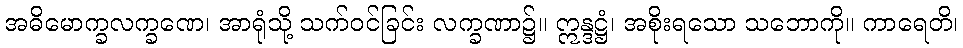
အဓိမောက္ခလက္ခဏေ၊ အာရုံသို့ သက်ဝင်ခြင်း လက္ခဏာ၌။ ဣန္ဒဋ္ဌံ၊ အစိုးရသော သဘောကို။ ကာရေတိ၊